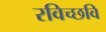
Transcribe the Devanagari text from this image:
रविच्छवि